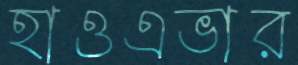
হাওএভার